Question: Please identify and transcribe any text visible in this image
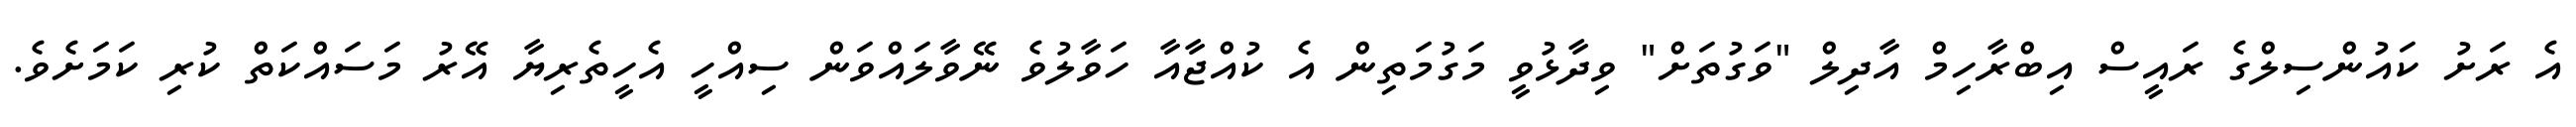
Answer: އެ ރަށު ކައުންސިލްގެ ރައީސް އިބްރާހިމް އާދިލް "ވަގުތަށް" ވިދާޅުވީ މަގުމަތިން އެ ކުއްޖާއާ ހަވާލުވެ ނޭވާލައްވަން ސިއްހީ އެހީތެރިޔާ އޭރު މަސައްކަތް ކުރި ކަމަށެވެ.